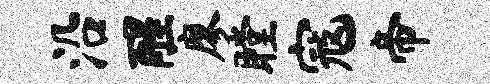
沿醒廖瞠寇帝